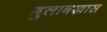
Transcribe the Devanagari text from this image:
गुलाबखास